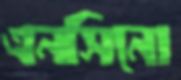
এনসিনো